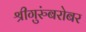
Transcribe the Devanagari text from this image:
श्रीगुरुंंबरोबर